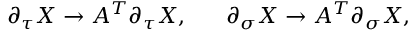
\partial _ { \tau } X \to A ^ { T } \partial _ { \tau } X , \ \ \ \ \ \partial _ { \sigma } X \to A ^ { T } \partial _ { \sigma } X ,